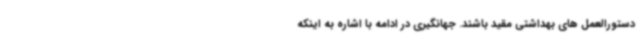
دستورالعمل های بهداشتی مقید باشند. جهانگیری در ادامه با اشاره به اینکه